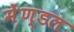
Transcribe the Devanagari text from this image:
मेंण्डल